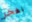
نفخر